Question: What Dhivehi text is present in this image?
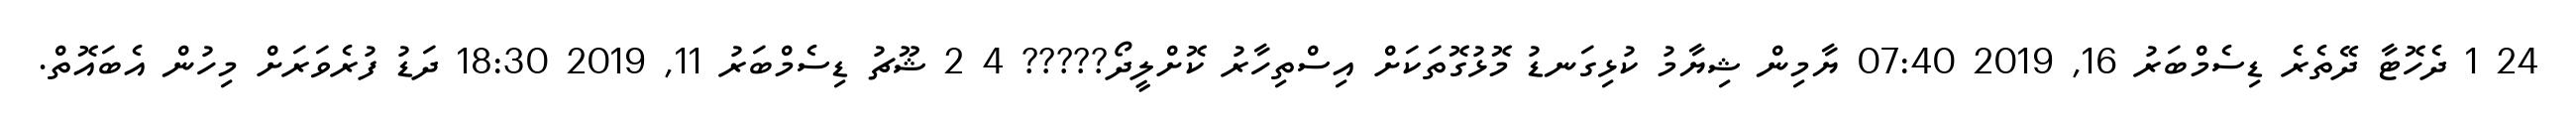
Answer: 24 1 ދެހޮޓާ ދޭތެރެ ޑިސެމްބަރު 16, 2019 07:40 ޔާމިން ޝިޔާމު ކުޅިގަނޑު މޮޅުގޮތަކަށް އިސްތިހާރު ކޮށްލީދޯ????? 4 2 ޝޫޗު ޑިސެމްބަރު 11, 2019 18:30 ދަޑު ފުރެވަރަށް މިހުން އެބައޮތް.